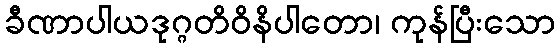
ခီဏာပါယဒုဂ္ဂတိဝိနိပါတော၊ ကုန်ပြီးသော